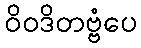
ဝိဝဒိတဗ္ဗံပေ